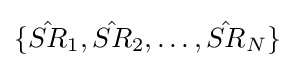
\{{\hat {SR}}_{1},{\hat {SR}}_{2},\dots ,{\hat {SR}}_{N}\}